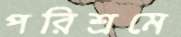
পরিশ্রমে